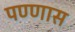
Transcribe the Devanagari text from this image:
पण्णास